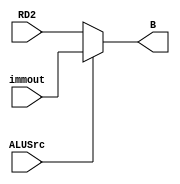
// This program was cloned from: https://github.com/Crzax/riscv_singlecycle
// License: MIT License

`timescale 1ns / 1ps
//////////////////////////////////////////////////////////////////////////////////
// Company: 
// Engineer: 
// 
// Design Name: 
// Module Name: alu_mux
// Project Name: 
// Target Devices: 
// Tool Versions: 
// Description: 
// 
// Dependencies: 
// 
// Revision:
// Revision 0.01 - File Created
// Additional Comments:
// 
//////////////////////////////////////////////////////////////////////////////////


module alu_mux_480(
    input [31:0] immout,    //alu
    input [31:0] RD2,
    input ALUSrc,
    output [31:0] B
    );
    assign B = (ALUSrc) ? immout : RD2;
endmodule